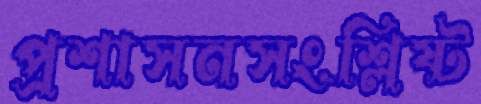
প্রশাসনসংশ্লিষ্ট